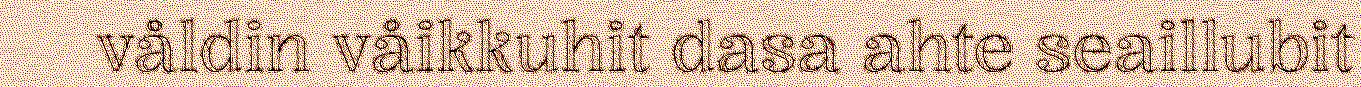
våldin våikkuhit dasa ahte seaillubit